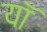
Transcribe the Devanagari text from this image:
यॉ